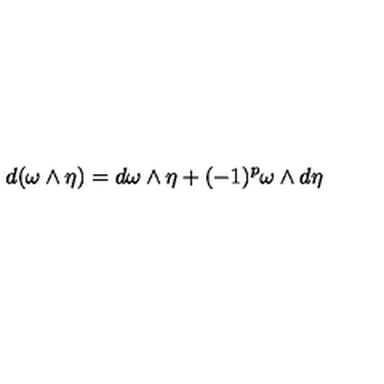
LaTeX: d ( \omega \wedge \eta ) = d \omega \wedge \eta + ( - 1 ) ^ { p } \omega \wedge d \eta